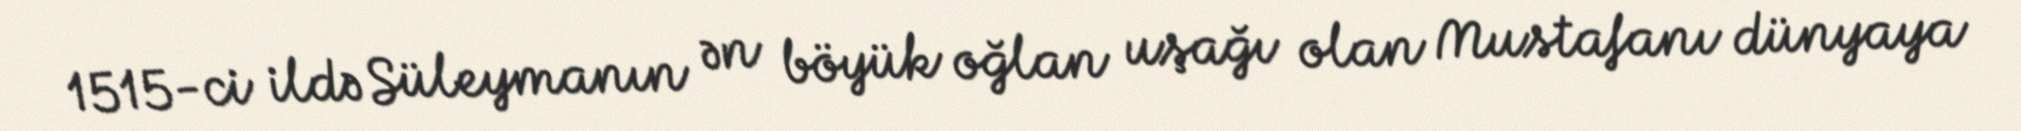
1515-ci ildə Süleymanın ən böyük oğlan uşağı olan Mustafanı dünyaya